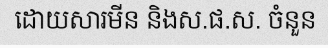
ដោយសារមីន និងស.ផ.ស. ចំនួន